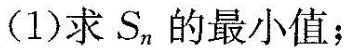
(1)求S，的最小值；